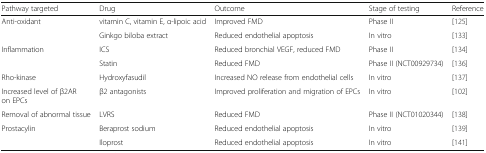
<table><thead><tr><td><b>Pathway targeted</b></td><td><b>Drug</b></td><td><b>Outcome</b></td><td><b>Stage of testing</b></td><td><b>Reference</b></td></tr></thead><tbody><tr><td rowspan="2">Anti-oxidant</td><td>vitamin C, vitamin E, α-lipoic acid</td><td>Improved FMD</td><td>Phase II</td><td>[125]</td></tr><tr><td>Ginkgo biloba extract</td><td>Reduced endothelial apoptosis</td><td>In vitro</td><td>[133]</td></tr><tr><td rowspan="2">Inflammation</td><td>ICS</td><td>Reduced bronchial VEGF, reduced FMD</td><td>Phase II</td><td>[134]</td></tr><tr><td>Statin</td><td>Reduced FMD</td><td>Phase II (NCT00929734)</td><td>[136]</td></tr><tr><td>Rho-kinase</td><td>Hydroxyfasudil</td><td>Increased NO release from endothelial cells</td><td>In vitro</td><td>[137]</td></tr><tr><td>Increased level of β2AR on EPCs</td><td>β2 antagonists</td><td>Improved proliferation and migration of EPCs</td><td>In vitro</td><td>[102]</td></tr><tr><td>Removal of abnormal tissue</td><td>LVRS</td><td>Reduced FMD</td><td>Phase II (NCT01020344)</td><td>[138]</td></tr><tr><td rowspan="2">Prostacylin</td><td>Beraprost sodium</td><td>Reduced endothelial apoptosis</td><td>In vitro</td><td>[139]</td></tr><tr><td>Iloprost</td><td>Reduced endothelial apoptosis</td><td>In vitro</td><td>[141]</td></tr></tbody></table>